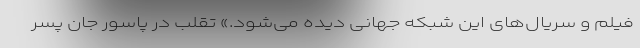
فیلم و سریال‌های این شبکه جهانی دیده می‌شود.» تقلب در پاسور جان پسر